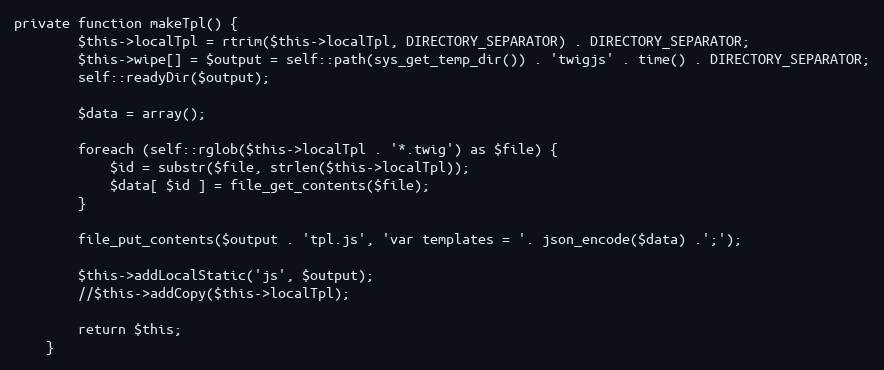
Language: PHP
private function makeTpl() {
		$this->localTpl = rtrim($this->localTpl, DIRECTORY_SEPARATOR) . DIRECTORY_SEPARATOR;
		$this->wipe[] = $output = self::path(sys_get_temp_dir()) . 'twigjs' . time() . DIRECTORY_SEPARATOR;
		self::readyDir($output);

		$data = array();

		foreach (self::rglob($this->localTpl . '*.twig') as $file) {
			$id = substr($file, strlen($this->localTpl));
			$data[ $id ] = file_get_contents($file);
		}

		file_put_contents($output . 'tpl.js', 'var templates = '. json_encode($data) .';');

		$this->addLocalStatic('js', $output);
		//$this->addCopy($this->localTpl);

		return $this;
	}